Leaving Certificate Examination, 1908
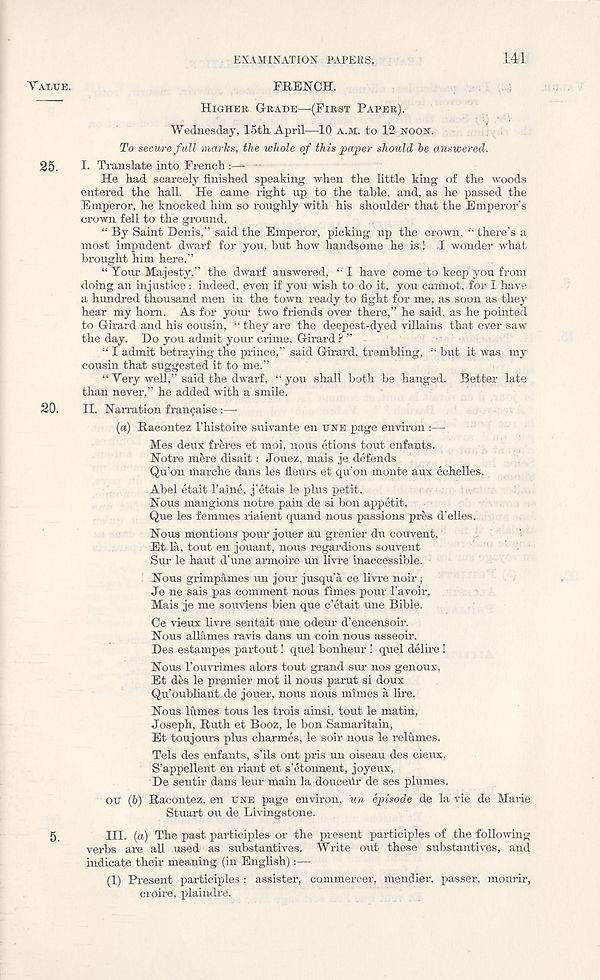
VALTJE.
25.
20.
EXAMINATION PAPERS:
141
FRENCH.
HIGHER GRADE—(FIRST PAPER).
Wednesday, 15th April—10 A.M. to 12 NOON.
To secure full marks, the whole of this paper should he answered.
I. Translate into French
He had scarcely finished speaking when the little king of the woods
entered the hall. He came right up to the table, and, as he passed the
Emperor, he knocked him so roughly with his shoulder that the Emperor’s
crown fell to the ground.
“ By Saint Denis,” said the Emperor, picking up the crown, “ there’s a
most impudent dwai-f for you, but how handsome he is! -I wonder what
brought him here.”
“ Tour Majesty,” the dwarf answered, “I have come to keep you from
doing an injustice: indeed, even if you wish to do it, you cannot, for I have
a hundred thousand men in the town ready to fight for me, as soon, as they
hear my horn. As for your two friends over there,” he said, as he pointed
to Girard and his cousin, “ they are the deepest-dyed villains that ever saw
the day. Do you admit your crime, Girard ? ”
“ I admit betraying the prince,” said Girard, trembling, “ but it was my
cousin that suggested it to me.”
“ Yery well,” said the dwarf, “you shall both be hanged. Better late
than never,” he added with a smile.
II. Narration fran9aise :—
(a) Racontez 1’histoire suivante en TINE page environ :—
Mes deux freres et moi, nous etions tout enfants.
Notre mere disait: Jouez, mais je defends
Qu’on marche dans les fleurs et qu’on monte aux echelles.
Abel etait Paine, j’etais le plus petit.
Nous mangions notre pain de si bon appetit,
Que les femmes riaient quand nous passions pres d’elles..
Nous mentions pour jouer an grenier du convent,
Et la, tout en jouant, nous regardions souvent
Sur le haut d’une armoire un livre inaccessible.
Nous grimpames un jour jusqu’a ce livre noir;
Je ne sais pas comment nous fimes pour 1’avoir,
Mais je me souviens bien que e’etait une Bible.
Ce vieux livre sentait une odeur d’encensoir.
Nous allames ravis dans un coin nous asseoir.
Des estampes partout! quel bonheur ! quel delire !
Nous I’ouvrimes alors tout grand sur nos genoux,
Et des le premier mot il nous parut si doux
Qu’oubliant de jouer, nous nous mimes a lire.
Nous lumes tous les trois ainsi, tout le matin,
Joseph, Ruth et Booz, le bon Samaritain,
Et toujours plus charmes, le soir nous le relumes.
Tels des enfants, s’ils ont pris un oiseau des cieux,
S’appellent en riant et s’etonnent, joyeux,
De sentir dans leur main la douceiir de ses plumes,
on (b) Racontez, en UNE page environ, un episode de la vie de Marie
Stuart ou de Livingstone.
III.
(a) The past participles or the prese
verbs are all used as substantives. Write out these substantives, and
indicate their meaning (in English):—
(1) Present participles : assister, commercer, mendier, passer, mourir,
croire, plaindre.